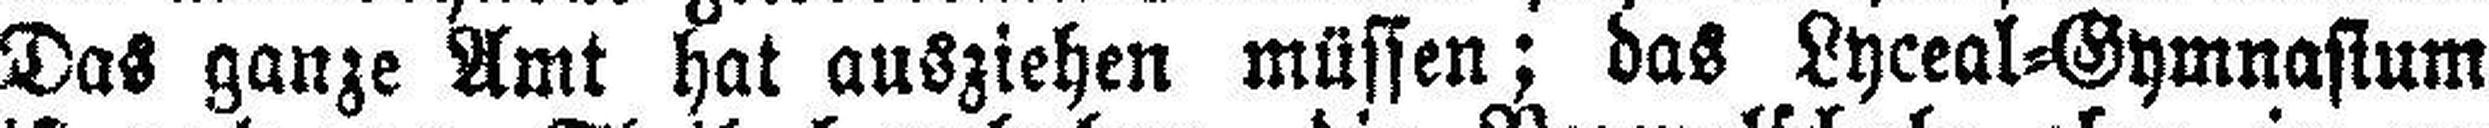
Das ganze Amt hat ausziehen müssen; das Lyceal=Gymnasium